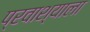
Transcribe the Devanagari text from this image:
प्रवाश्याला